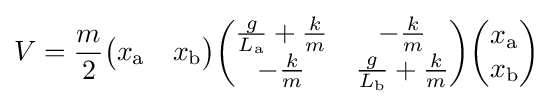
V={\frac {m}{2}}{\begin{pmatrix}x_{\text{a}}&x_{\text{b}}\end{pmatrix}}{\begin{pmatrix}{\frac {g}{L_{\text{a}}}}+{\frac {k}{m}}&-{\frac {k}{m}}\\-{\frac {k}{m}}&{\frac {g}{L_{\text{b}}}}+{\frac {k}{m}}\end{pmatrix}}{\begin{pmatrix}x_{\text{a}}\\x_{\text{b}}\end{pmatrix}}